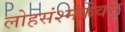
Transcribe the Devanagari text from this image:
लोहसंश्मकवन